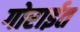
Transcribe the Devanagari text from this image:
गोराईत